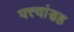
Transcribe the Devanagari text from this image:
पत्त्यांसह